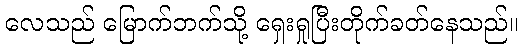
လေသည် မြောက်ဘက်သို့ ရှေးရှုပြီးတိုက်ခတ်နေသည်။